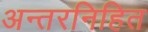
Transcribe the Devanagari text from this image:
अन्तरनिहित